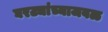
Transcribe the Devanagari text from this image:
घरट्यांच्याजवळ